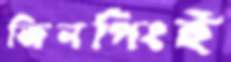
জিনপিংই